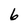
Character: 6